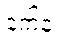
နက်နဲ